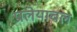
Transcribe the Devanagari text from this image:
प्रालेयाचल